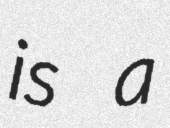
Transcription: is a